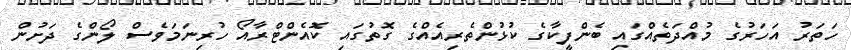
ހަތަރު އަހަރުގެ މުއްދަތެއްގައި ބެންފީކާގެ ކުޅުންތެރިއެއްގެ ގޮތުގައި ކޮއެންޓްރާއޯ ހުރިނަމަވެސް ލޯންގެ ދަށުން